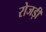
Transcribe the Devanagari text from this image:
रोजड़ी